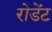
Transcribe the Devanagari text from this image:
रोडेंट